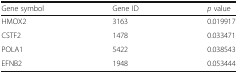
| Gene symbol | Gene ID | p value |
 | --- | --- | --- |
 | HMOX2 | 3163 | 0.019917 |
 | CSTF2 | 1478 | 0.033471 |
 | POLA1 | 5422 | 0.038543 |
 | EFNB2 | 1948 | 0.053444 |